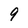
Character: 9